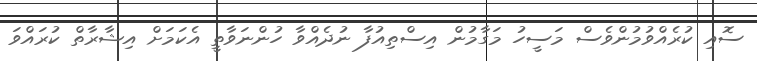
ސޮއި ކުރެއްވުމުންވެސް މަސީހު މަގާމުން އިސްތިއުފާ ނުދެއްވާ ހުންނަވާތީ އެކަމަށް އިޝާރާތް ކުރައްވަ